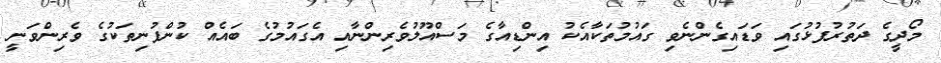
މޯދީގެ ދަތުރުފުޅުގައި ވަޑައިގެންނެވި ގައުމުތަކާއެކު އިންޑިއާގެ މަސްއޫލުވެރިންނާއި އެގައުމުގެ ބައެއް ކުންފުނިތަކުގެ ވެރިންވަނީ